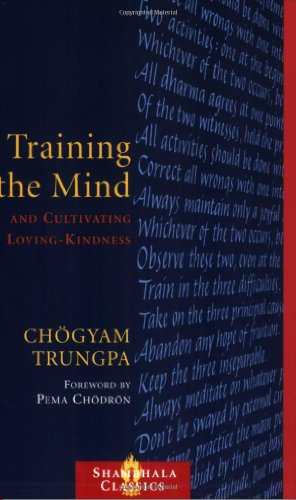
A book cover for Training the Mind and Cultivating Loving-Kindness; Chogyam Trungpa; Religion & Spirituality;